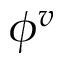
\phi ^ { v }